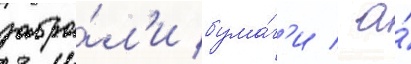
забра́л'и бума́г'и / а́